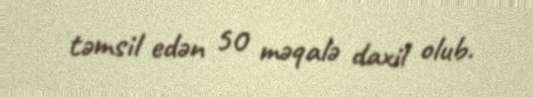
təmsil edən 50 məqalə daxil olub.